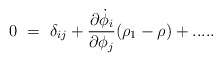
\begin{align*}0~=~\delta_{ij} + {\partial \dot{\phi}_i \over \partial \phi_j}(\rho_1 - \rho) + .....\end{align*}